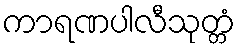
ကာရဏပါလီသုတ္တံ